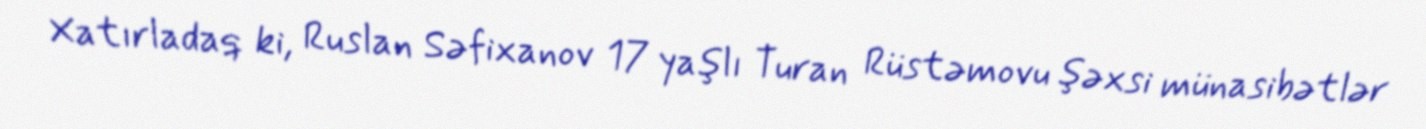
Xatırladaq ki, Ruslan Səfixanov 17 yaşlı Turan Rüstəmovu şəxsi münasibətlər